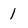
Character: 1